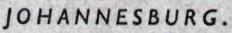
JOHANNESBURG.